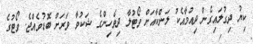
ކިޔު ދިގުލައިގެން ދިއުމާއެކު ލަންކާއަށް ވޯޓުލާ ދިވެހިންގެ ޝަކުވާ ވަރަށް ބޮޑުވެއްޖެ. ވޯޓުގެ